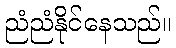
ညံညံနိုင်နေသည်။